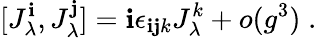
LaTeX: [J_{\lambda}^{\mathbf{i}},J_{\lambda}^{\mathbf{j}}]=\mathbf{i}\epsilon_{\mathbf{i}\mathbf{j}k}J_{\lambda}^{k}+o(g^{3})\; .